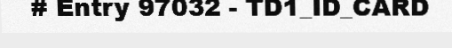
# Entry 97032 - TD1_ID_CARD